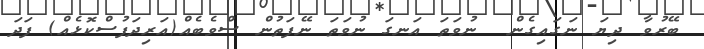
ބޭރުވާ ދިޔަ ނަގައިގެން  ނުވަތަ އަނގަ ނުވަތަ ނޭފަތުން ސްވެބެއް(އަރިދަފުސްކޮޅެއް) ފަދަ